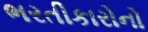
ભરતીકારોનો